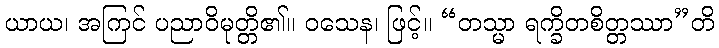
ယာယ၊ အကြင် ပညာဝိမုတ္တိ၏။ ဝသေန၊ ဖြင့်။ “တသ္မာ ရက္ခိတစိတ္တဿာ”တိ